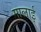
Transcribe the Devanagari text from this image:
मालाई